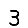
Digit: 3